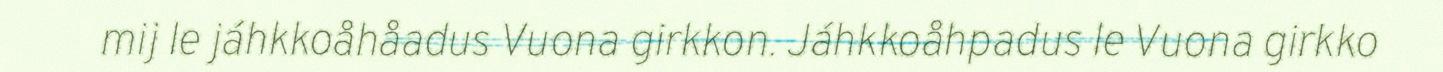
mij le jáhkkoåhåadus Vuona girkkon. Jáhkkoåhpadus le Vuona girkko